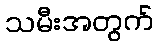
သမီးအတွက်